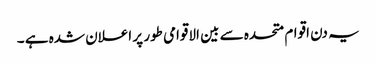
یہ دن اقوام متحدہ سے بین الاقوامی طور پر اعلان شدہ ہے ۔